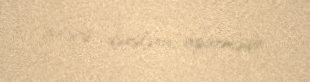
ixtisas dərslərini aparmışdır.